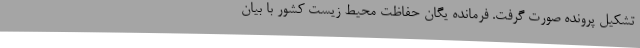
تشکیل پرونده صورت گرفت. فرمانده یگان حفاظت محیط زیست کشور با بیان